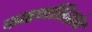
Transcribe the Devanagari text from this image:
कारणसिद्धांत